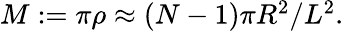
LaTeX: \begin{array}{r}{M:=\pi\rho\approx{(N-1)\pi R^{2}}/{L^{2}}.}\end{array}